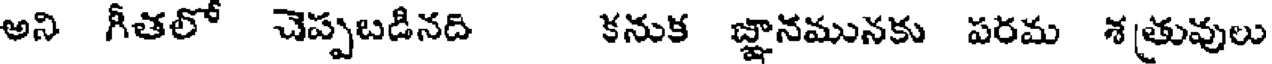
అని గీతలో చెప్పబడినది కనుక జ్ఞానమునకు పరమ శత్రువులు